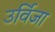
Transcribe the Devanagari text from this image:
उर्विजा